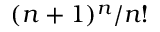
( n + 1 ) ^ { n } / n !